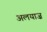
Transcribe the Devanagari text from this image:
अलयाज़